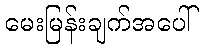
မေးမြန်းချက်အပေါ်